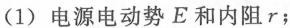
(1)电源电动势E和内阻r；